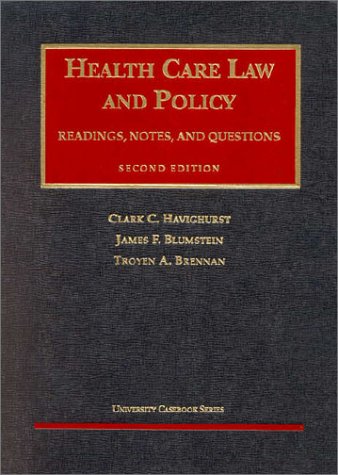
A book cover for Havighurst, Blumstein, and Brennen's Health Care Law and Policy, 2d (University Casebook Series) (English and English Edition); Clark Havighurst; Law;